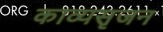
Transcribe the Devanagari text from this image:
काव्यसृजन